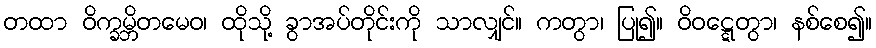
တထာ ဝိက္ခမ္ဘိတမေဝ၊ ထိုသို့ ခွာအပ်တိုင်းကို သာလျှင်။ ကတွာ၊ ပြု၍။ ဝိဝဋ္ဋေတွာ၊ နစ်စေ၍။